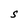
Character: S